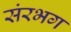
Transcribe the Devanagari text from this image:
संरभग